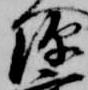
源